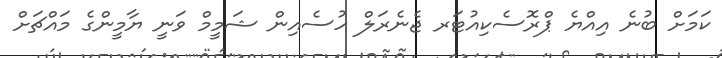
ކަމަށް ބުނެ އިއްޔެ ޕްރޮސެކިއުޓަރ ޖެނެރަލް ހުސެއިން ޝަމީމް ވަނީ ޔާމީންގެ މައްޗަށް